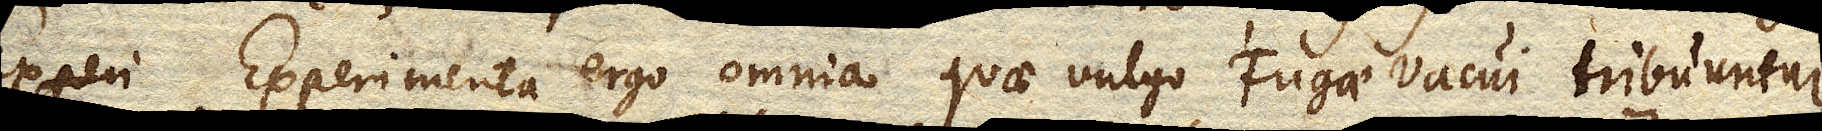
Experimenta ergo omnia quae vulgo Fugae Vacui tribuuntur,